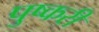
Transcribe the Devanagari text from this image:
पुष्करी